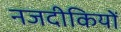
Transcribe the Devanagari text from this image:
नजदीकियों